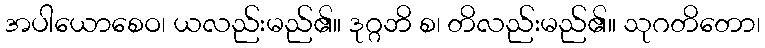
အပါယောစေဝ၊ ယလည်းမည်၏။ ဒုဂ္ဂဘိ စ၊ တိလည်းမည်၏။ သုဂတိတော၊